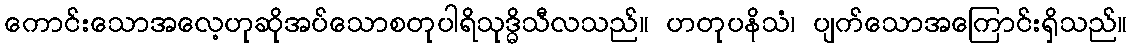
ကောင်းသောအလေ့ဟုဆိုအပ်သောစတုပါရိသုဒ္ဓိသီလသည်။ ဟတုပနိသံ၊ ပျက်သောအကြောင်းရှိသည်။